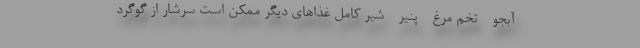
- آبجو - تخم مرغ - پنیر - شیر کامل غذاهای دیگر ممکن است سرشار از گوگرد